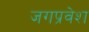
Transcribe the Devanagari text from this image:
जगप्रवेश